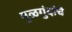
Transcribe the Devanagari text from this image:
मुळगुंदांचे